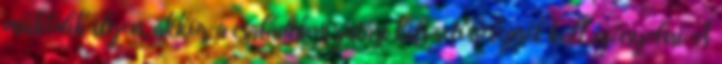
működik ilyen, akkor a családtámogatási kifizetőhelynél kell igényelni. A